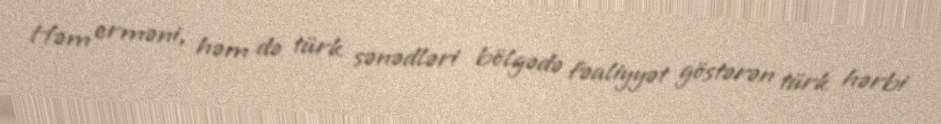
Həm erməni, həm də türk sənədləri bölgədə fəaliyyət göstərən türk hərbi